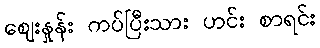
ဈေးနှုန်း ကပ်ပြီးသား ဟင်း စာရင်း